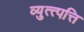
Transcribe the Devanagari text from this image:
व्युत्त्पत्ति